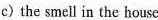
c) the smell in the house